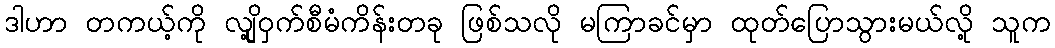
ဒါဟာ တကယ့်ကို လျို့ဝှက်စီမံကိန်းတခု ဖြစ်သလို မကြာခင်မှာ ထုတ်ပြောသွားမယ်လို့ သူက